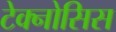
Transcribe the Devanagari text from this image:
टेक्नोसिस